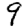
Digit: 9